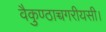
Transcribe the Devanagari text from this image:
वैकुण्ठाच्चगरीयसी।